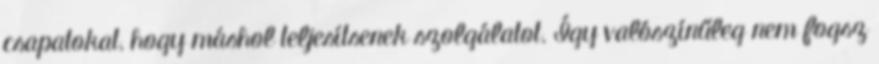
csapatokat, hogy máshol teljesítsenek szolgálatot. Így valószínűleg nem fogsz